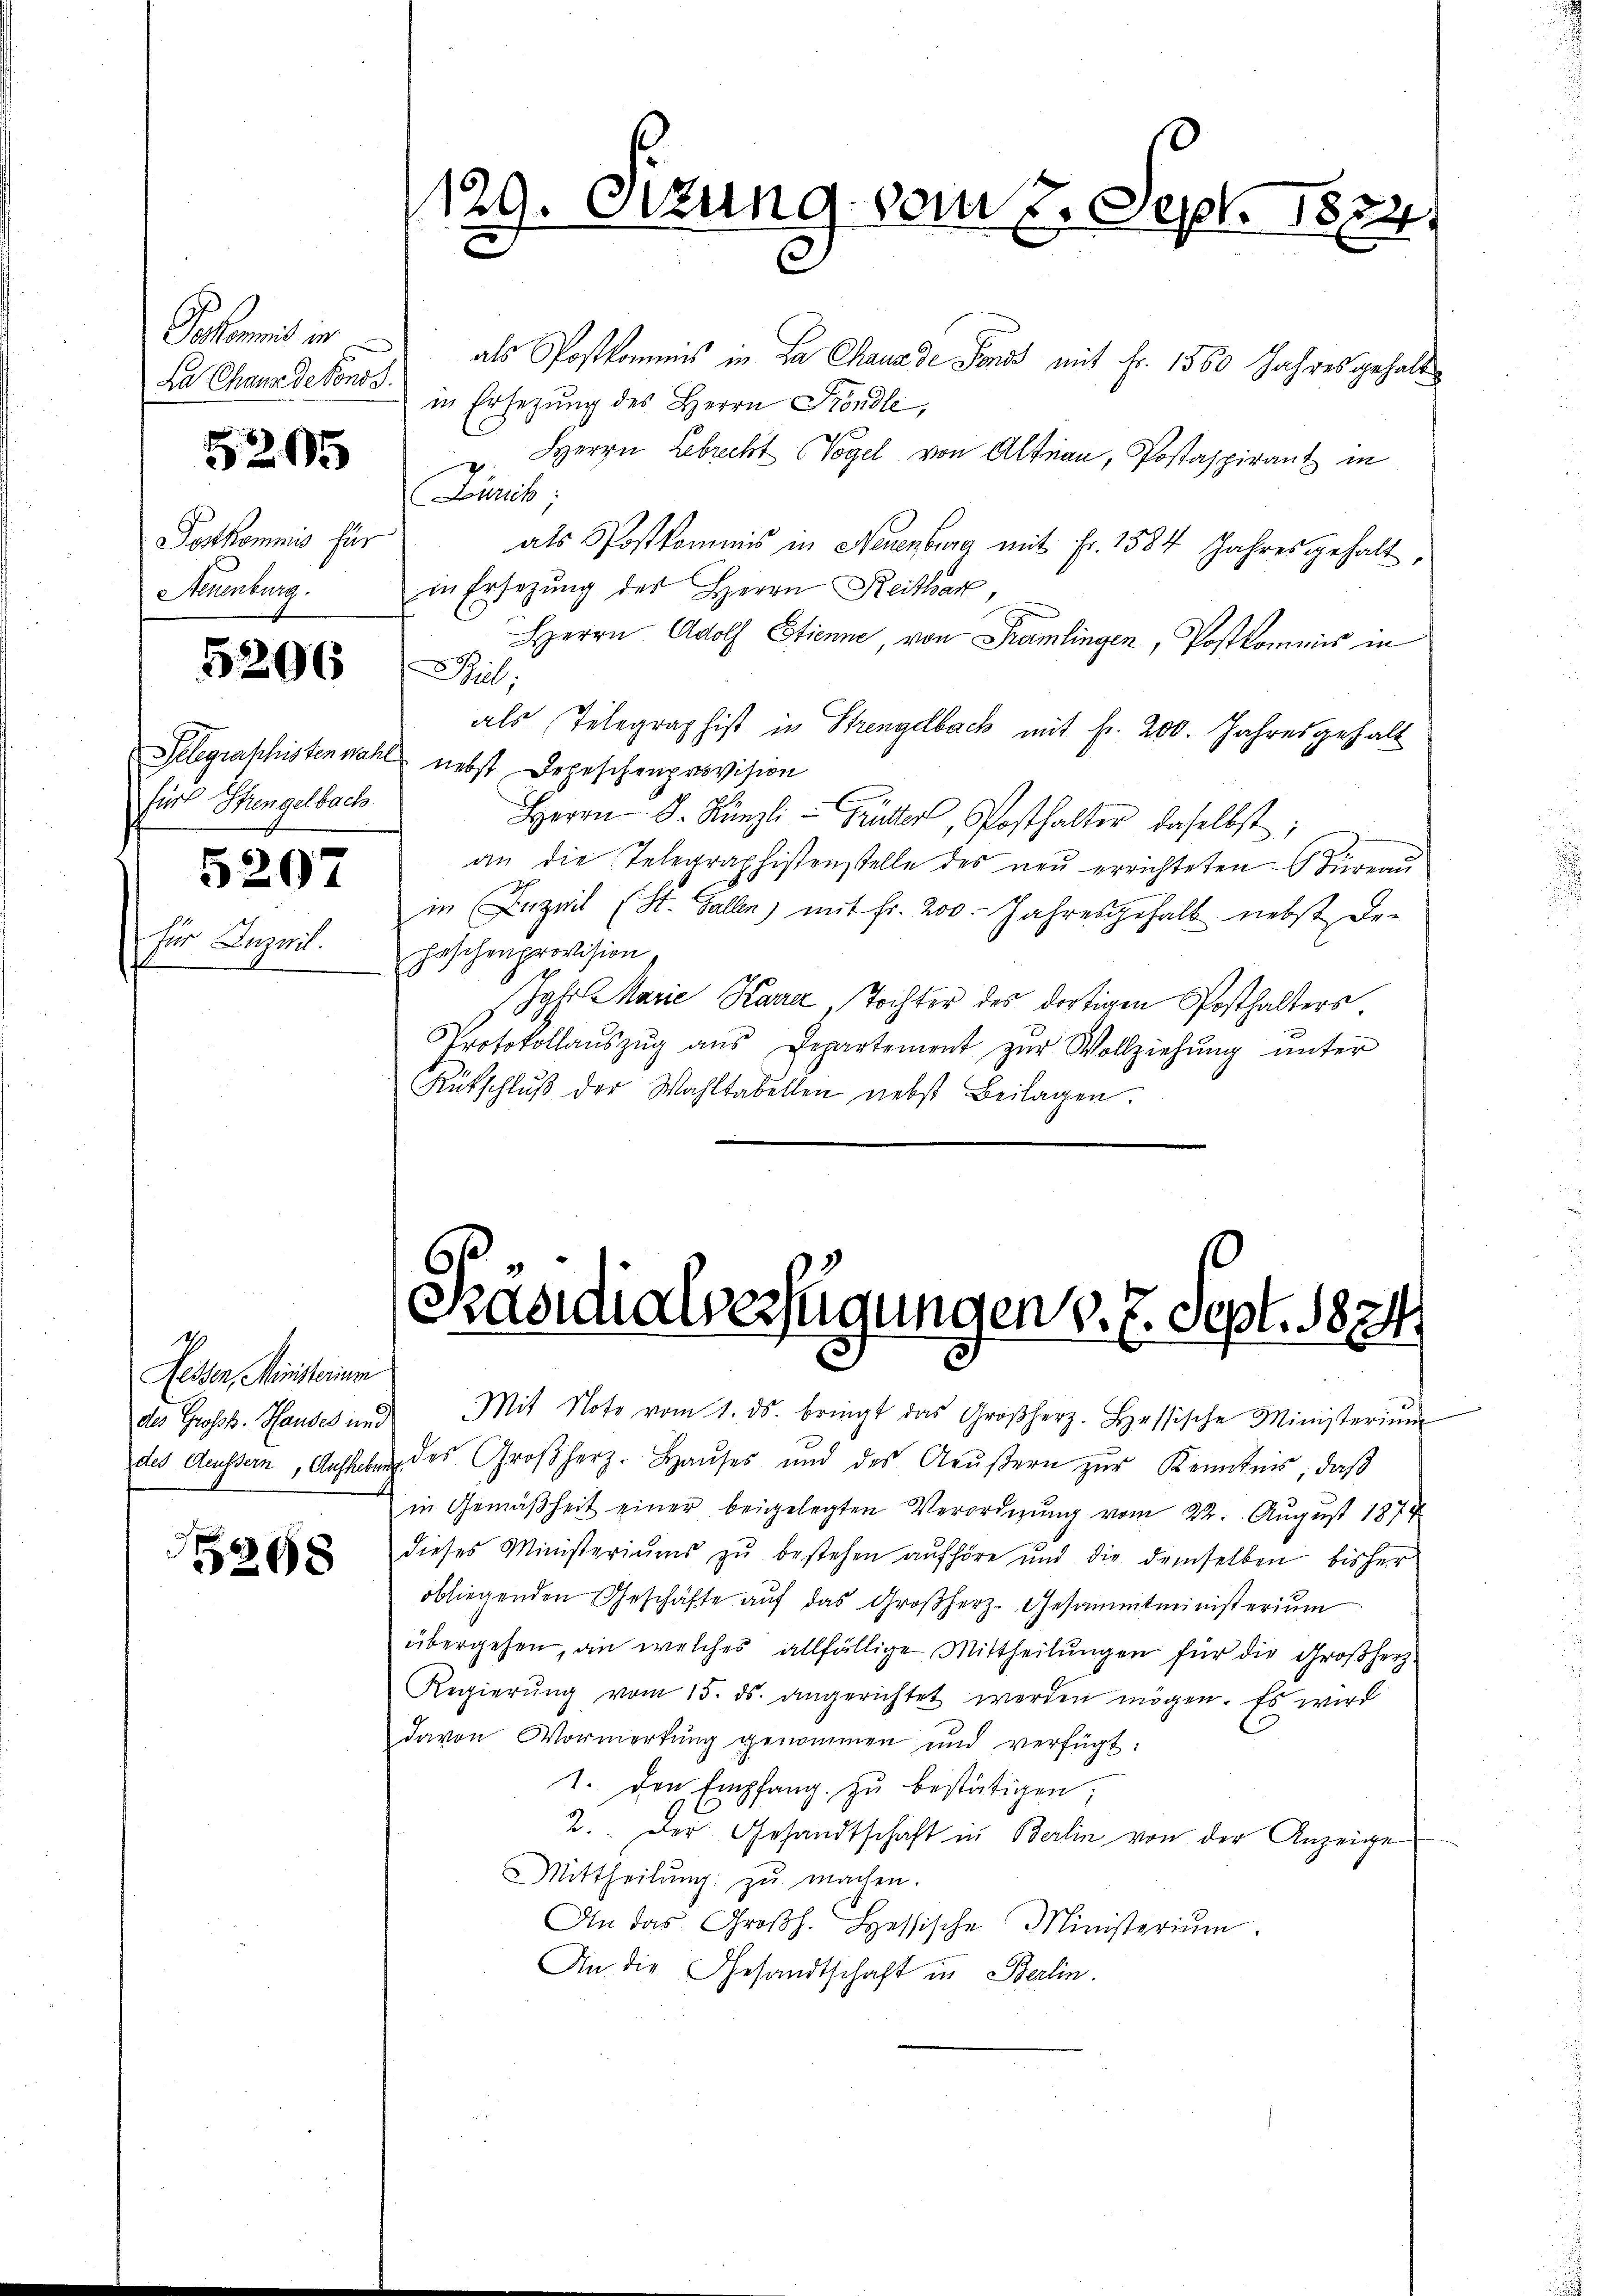
Pakomit in
La Chaus dekons

5205

Postkommnis für
Steuenburg.

5206

für Hungelbach

5207

für Zuzuil.

Fessen, Ministerium

268

als Postkommnis in La Chaux de Fonds mit Fr. 1560 Jahres gehalt
in Ersezung des Herrn Ständle,
u. Herrn Lebrecht Vogel von Altnau, Postaspirant in
(Zürich;
als Postkommis in Neuenburg mit Fr. 1584 Jahres gehalt,
in Ersetzŭng des Herrn Reitbar,
Herrn Adolf Etienne, von Tramlingen, Postkommnis in

Biel
als Telegraphist in Strengelbach mit fr. 200. Jahresgehalt
Telegraphistenwahl nebst Depeschenprovision
Herrn D. Künzli - Früchter, Posthalter daselbst;
an die Telegraphistenstelle des neu errichteten Büreau
in (Inzil (St. Gallen) mit fr. 200. Jahresgehalt nebst De-
Faschenprovision,
.
Jght Marie Karre, Tochter des dortigen Posthalters.
Protokollaŭszŭg aŭs Departement zŭr Vollziehŭng ŭnter
Rütschlŭβ der Wahltabellen nebst Beilagen.

129. Sitzung vom 8. Sept. 1884
2

Präsidialverfügungen v. 7. Sept. 1874.

des Gross. Hauses in Mit Note vom 1. ds. bringt das Großherz. Hessische Ministeriŭm
des Aussern, Aufhebung des Großherz. Haŭses und des Aeŭβern zŭr Kenntnis, daβ
in Gemäßheit einer beigelegten Verordnŭng vom 22. Aŭgŭst 1874
dieses Ministeriums zu bestehen aufhöre und die demselben bisher
obliegenden Geschäfte aŭf das Großherz. Gesammtministerium
übergehen, an welches allfällige Mittheilungen für die Großherz-
Regierŭng vom 15. ds. angerichtet werden mögen. Es wird
davon Vormerkŭng genommen und verfügt:
1. Den Empfang zu bestätigen;
2.. Der Gesandtschaft in Berlin von der Anzeige
Mittheilŭng zŭ machen.
An das Groβh. Hessische Ministerium.
An die Gesandtschaft in Berlin.